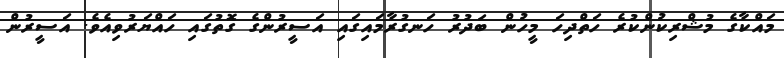
މައްކާގެ މުޝްރިކުންކުރެ ހަތްދިހަ މީހުން ބަދުރު ހަނގުރާމައިގައި އަސީރުންގެ ގޮތުގައި ހައްޔަރުވިއެވެ. އަސީރުން